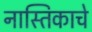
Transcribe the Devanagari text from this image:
नास्तिकाचे